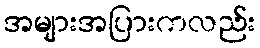
အများအပြားကလည်း